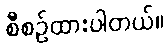
စီစဉ်ထားပါတယ်။